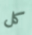
كل